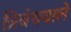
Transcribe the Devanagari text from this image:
त्रिबंधवाले